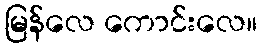
မြန်လေ ကောင်းလေ။